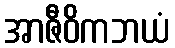
အာဇီဝိကဘယံ